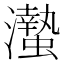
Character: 𤄁